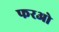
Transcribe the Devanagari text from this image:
फरओ